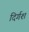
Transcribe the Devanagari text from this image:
दिर्गश